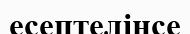
есептелінсе